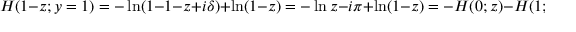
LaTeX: H ( 1 - z ; y = 1 ) = - \ln ( 1 - 1 - z + i \delta ) + \ln ( 1 - z ) = - \ln z - i \pi + \ln ( 1 - z ) = - H ( 0 ; z ) - H ( 1 ; z ) - i \pi \; ,